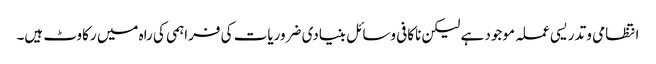
انتظامی و تدریسی عملہ موجود ہے لیکن ناکافی وسائل بنیادی ضروریات کی فراہمی کی راہ میں رکاوٹ ہیں۔